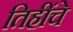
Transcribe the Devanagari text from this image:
तिहींचे